Report on vaccination in Madras 1877-1894 - 1877-1894
Year: 1877
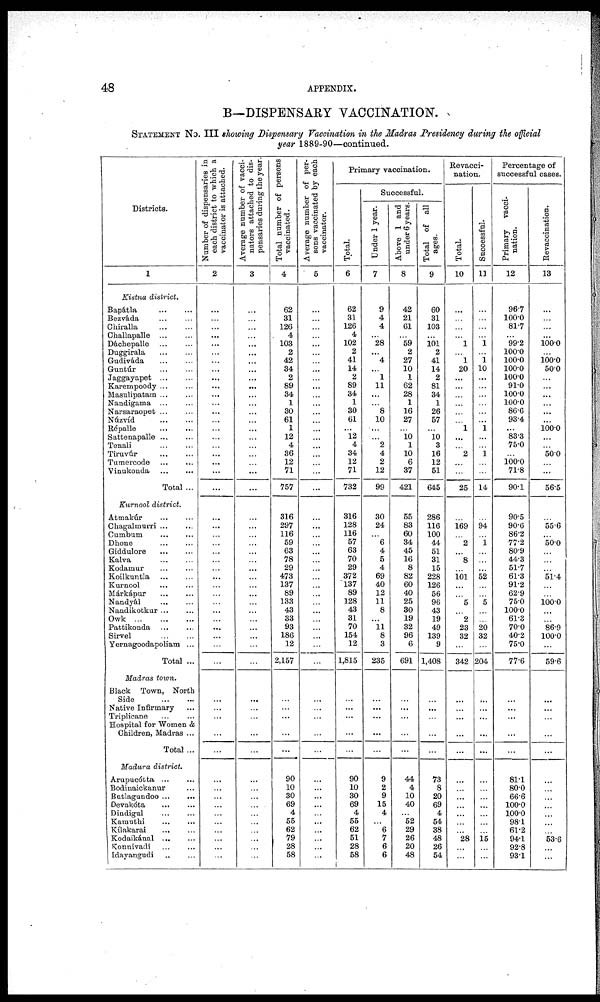
48
APPENDIX.
B—DISPENSARY VACCINATION.
STATEMENT NO. III showing Dispensary Vaccination in the Madras Presidency during the official
year 1889-90—continued.
Districts.
1
Kistna district.
Bapátla
...
...
Bezváda
...
...
Ghiralla
...
...
Ghallapalle
...
...
Dáchepalle
...
...
Duggirala
...
...
Gudiváda
...
...
Guntúr
...
...
Jaggayapet
...
...
Karempoody ... ...
Masulipatam ... ...
Nandigama
...
...
Narsaraopet ... ...
Núzvíd
...
...
Répalle
...
...
Sattenapalle ... ...
Tenali
...
...
Tiruvúr
...
...
Tumercode
...
...
Vinukonda
...
...
Total ...
Kurnool district.
Atmakúr ... ...
Chagalmurri ... ...
Cumbum ... ...
Dhone
...
...
Giddulore
...
...
Kalva
...
...
Kodamur ... ...
Koilkuntla
...
...
Kurnool ... ...
Márkápur ... ...
Nandyál
...
...
Nandikotkur ... ...
Owk
...
...
...
Pattikonda
...
...
Sirvel
...
...
Yernagoodapoliam ...
Total ...
Madras town.
Black Town, North
Side
...
...
Native Infirmary ...
Triplicane
...
...
Hospital for Women &
Children, Madras ...
Total ...
Madura district.
Arupucótta ... ...
Bodinaickanur ...
Batlagundoo ... ...
Devakóta
... ...
Dindigul ... ...
Kamuthi
...
...
Kílakarai
... ...
Kodaikánal ... ...
Konnivadi ... ...
Idayangudi
...
...
Number of dispensaries in
each district to which a
vaccinator is attached.
2
...
...
...
...
...
...
...
...
...
...
...
...
...
...
...
...
...
...
...
...
...
...
...
...
...
...
...
...
...
...
...
...
...
...
...
...
...
...
...
...
...
...
...
...
...
...
...
...
...
...
...
...
...
...
Average number of vacci-
nators attached to dis-
pensaries during the year
3
...
...
...
...
...
...
...
...
...
...
...
...
...
...
...
...
...
...
...
...
...
....
...
...
...
...
...
...
...
...
...
...
...
...
...
...
...
...
...
...
...
...
...
...
...
...
...
...
...
...
...
...
...
...
Total number of persons
vaccinated.
4
62
31
126
4
103
2
42
34
2
89
34
1
30
61
1
12
4
36
12
71
757
316
297
116
59
63
78
29
473
137
89
133
43
33
93
186
12
2,157
...
...
...
...
...
...
90
10
30
69
4
55
62
79
28
58
Average number of per-
sons vaccinated by each
vaccinator.
5
...
...
...
...
...
...
...
...
...
...
...
...
...
...
...
...
...
...
...
...
...
...
...
...
...
...
...
...
...
...
...
...
...
...
...
...
...
...
...
...
Primary vaccination.
Total.
6
62
31
126
4
102
2
41
14
2
89
34
1
30
61
...
12
4
34
12
71
732
316
128
116
57
63
70
29
372
137
89
128
43
31
70
154
12
1,815
...
...
...
...
...
90
10
30
69
4
55
62
51
28
58
Successful.
Under 1 year.
7
9
4
4
...
28
...
4
...
1
11
...
...
8
10
...
...
2
4
2
12
99
30
24
...
6
4
5
4
69
40
12
11
8
...
11
8
3
235
...
...
...
...
...
9
2
9
15
4
...
6
7
6
6
Above 1 and
under 6 years.
8
42
21
61
...
59
2
27
10
1
62
28
1
16
27
...
10
1
10
6
37
421
55
83
60
34
45
16
8
82
60
40
25
30
19
32
96
6
691
...
...
...
...
...
44
4
10
40
...
52
29
26
20
48
Total of all
ages.
9
60
31
103
...
101
2
41
14
2
81
34
1
26
57
...
10
3
16
12
51
645
286
116
100
44
51
31
15
228
126
56
96
43
19
49
139
9
1,408
...
...
...
...
...
73
8
20
69
4
54
38
48
26
54
Revacci-
nation.
Total.
10
...
...
...
...
1
...
1
20
...
...
...
...
...
...
1
...
...
2
...
...
25
...
169
...
2
...
8
...
101
...
...
5
...
2
23
32
...
342
...
...
...
...
...
...
...
...
...
...
...
...
28
...
...
Successful.
11
...
...
...
...
1
...
1
10
...
...
...
...
...
...
1
...
...
1
...
...
14
...
94
...
1
...
...
...
52
...
...
5
...
...
20
32
...
204
...
...
...
...
...
...
...
...
...
...
...
...
15
...
...
Percentage of
successful cases.
Primary
vacci-
nation.
12
96.7
100.0
81.7
...
99.2
100.0
100.0
100.0
100.0
91.0
100.0
100.0
86.6
93.4
...
83.3
75.0
...
100.0 71.8
90.1
90.5
90.6
86.2
77.2
80.9
44.3
51.7
61.3
91.2
62.9
75.0
100.0
61.3
70.0
40.2
75.0
77.6
...
...
...
...
...
81.1
80.0
66.6
100.0
100.0
98.1
61.2
94.1
92.8
93.1
Revaccination.
13
...
...
...
...
100.0
...
100.0 50.0
...
...
...
...
...
...
100.0
...
... 50.0
...
...
56.5
...
55.6
...
50.0
...
...
...
51.4
...
...
100.0
...
...
86.9
100.0
...
59.6
...
...
...
...
...
...
...
...
...
...
...
...
53.6
...
...